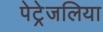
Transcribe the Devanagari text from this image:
पेट्रेजलिया